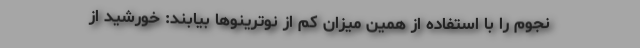
نجوم را با استفاده از همین میزان کم از نوترینوها بیابند: خورشید از